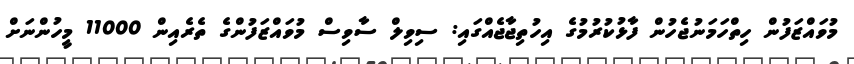
މުވައްޒަފުން ހިތްހަމަނުޖެހުން ފާޅުކުރުމުގެ އިހުތިޖާޖެއްގައި: ސިވިލް ސާވިސް މުވައްޒަފުންގެ ތެރެއިން 11000 މީހުންނަށް